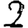
Digit: 2